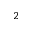
^ 2